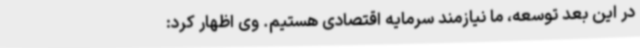
در این بعد توسعه، ما نیازمند سرمایه اقتصادی هستیم. وی اظهار کرد: